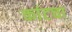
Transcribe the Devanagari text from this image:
कांटचा